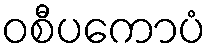
ဝစီပကောပံ